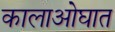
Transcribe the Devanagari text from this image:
कालाओघात